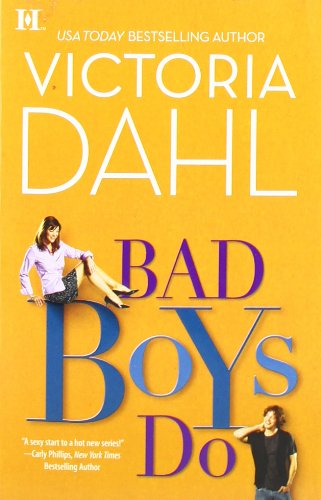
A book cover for Bad Boys Do (The Donovan Family); Victoria Dahl; Literature & Fiction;